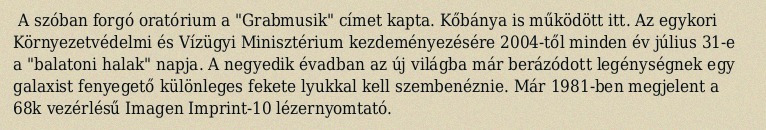
A szóban forgó oratórium a "Grabmusik" címet kapta. Kőbánya is működött itt. Az egykori Környezetvédelmi és Vízügyi Minisztérium kezdeményezésére 2004-től minden év július 31-e a "balatoni halak" napja. A negyedik évadban az új világba már berázódott legénységnek egy galaxist fenyegető különleges fekete lyukkal kell szembenéznie. Már 1981-ben megjelent a 68k vezérlésű Imagen Imprint-10 lézernyomtató.